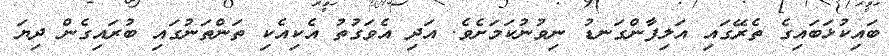
ބައިކުޅަބައިގެ ތެރޭގައި އަލިފާންގަނޑު ނިވުނުކަމަށެވެ. އަދި އެވަގުތު އެކިއެކި ތަންތަނުގައި ބުރައިގެން ދިޔަ